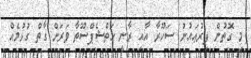
މި ގޮތުން ފިރުޢައުނު ސަހޫރާ އާއި ރާނީ ހަތްޝެޕްސޫތާ ވަރަށް ގާތް ގުޅުމެއް